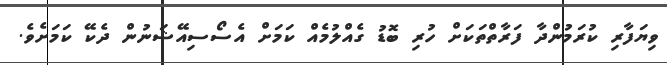
ވިޔަފާރި ކުރަމުންދާ ފަރާތްތަކަށް ހުރި ބޮޑު ގެއްލުމެއް ކަމަށް އެސޯސިއޭޝަނުން ދެކޭ ކަމަށެވެ.